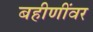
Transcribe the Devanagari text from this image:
बहीणींवर